Madras plague regulations in force outside the Presidency town - Volume 7
Disease focus: Plague
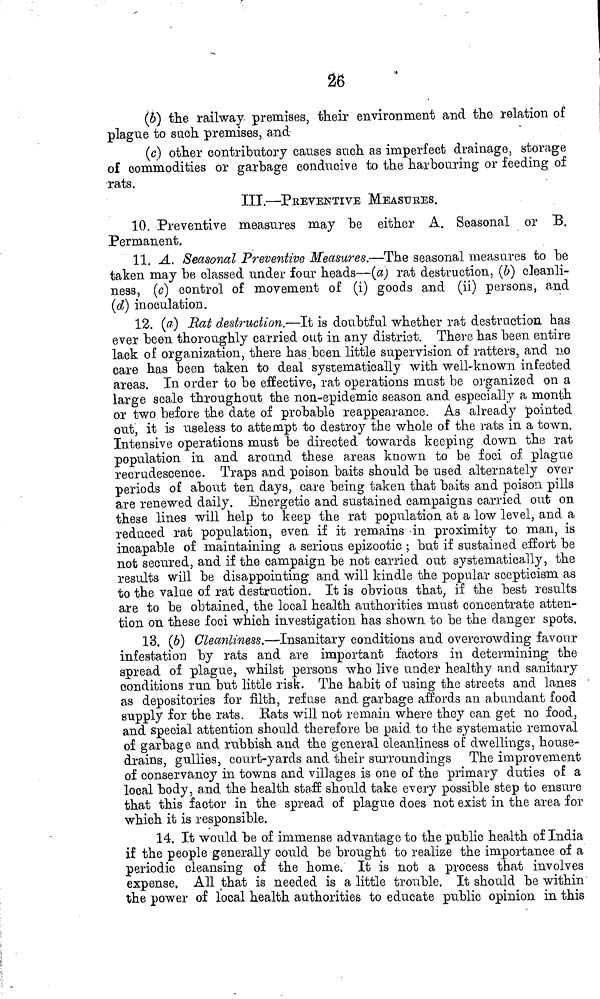
26
(ó) the railway premises, their environment and the relation of
plague to such premises, and
(c) other contributory causes such as imperfect drainage, storage
of commodities or garbage conducive to the harbouring or feeding of
rats.
III.—PEEVENTIVE MEASURES.
10. Preventive measures may be either A. Seasonal or 33.
Permanent.
11. A. Seasonal Preventive Measures.—The seasonal measures to be
taken may be classed under four heads—(a) rat destruction, (¿>) cleanli-
ness, (c) control of movement of (i) goods and (ii) persons, and
(d} inoculation.
12. (tf) Rat destruction.—It is doubtful whether rat destruction has
ever been thoroughly carried out in any district. There has been entire
lack of organization, there has been little supervision of ratters, and no
care has been taken to deal systematically with well-known infected
areas. In order to be effective, rat operations must be organized on a
large scale throughout the non-epidemic season and especially a month
or two before the date of probable reappearance. As already pointed
out, it is useless to attempt to destroy the whole of the rats in a town.
Intensive operations must be directed towards keeping down the rat
population in and around these areas known to be foci of. plague
recrudescence. Traps and poison baits should be ased alternately over
periods o£ about ten days, care being taken that baits and poison pills
are renewed daily. Energetic and sustained campaigns carried out on
these lines will help to keep the rat population at a low level, and a
reduced rat population, even, if it remains -in proximity to man, is
incapable of maintaining a serious epizootic ; but if sustained effort be
not secured, and if the campaign be not carried out systematically, the
results will be disappointing and will kindle the popular scepticism as
to the value of rat destruction. It is obvious that, if the best results
are to be obtained, the local health authorities must concentrate atten-
tion on these foci which investigation has shown to be the danger spots.
13. (6) Cleanliness,—Insanitary conditions and overcrowding favour
infestation by rats and are important factors in determining the
spread of plague, whilst persons who live under healthy and sanitary
conditions run but little risk. The habit of using the streets and lanes
as depositories for filth, refuse and garbage affords an abundant food
supply for the rats. Rats will not remain where they can get no food,
and special attention should therefore be paid to the systematic removal
of garbage and rubbish and the general cleanliness of dwellings, house-
drains, gullies, court-yards and their surroundings The improvement
of conservancy in towns and villages is one of the primary duties of a
local body, and the health staff should take every possible step to ensure
that this factor in the spread of plague does not exist in the area for
which it is responsible.
14. It would be of immense advantage to the public health of India
if the people generally could be brought to realize the importance of a
periodic cleansing of the home. It is not a process that involves
expense, All that is needed is a little trouble. It should be within
the power of local health authorities to educate public opinion in this